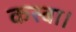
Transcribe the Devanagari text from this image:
कस्बा।